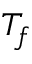
T _ { f }